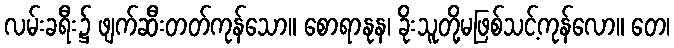
လမ်းခရီး၌ ဖျက်ဆီးတတ်ကုန်သော။ စောရာနုန၊ ခိုးသူတို့မဖြစ်သင့်ကုန်လော။ တေ၊